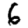
Digit: 6